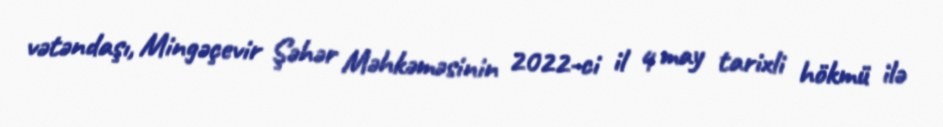
vətəndaşı, Mingəçevir Şəhər Məhkəməsinin 2022-ci il 4 may tarixli hökmü ilə